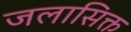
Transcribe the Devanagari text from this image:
जलासिक्त